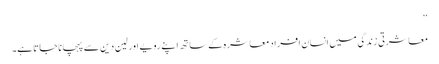
‘‘
معاشرتی زندگی میں انسان افراد معاشرہ کے ساتھ اپنے رویے اور لین دین سے پہچانا جاتا ہے۔